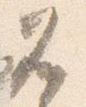
兀